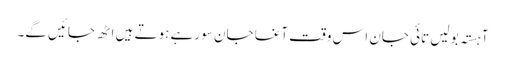
آہستہ بولیں تائی جان اس وقت آغا جان سو رہے ہوتے ہیں اٹھ جائیں گے۔